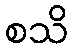
စသိ